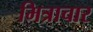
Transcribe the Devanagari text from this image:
मित्राचार